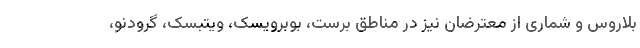
بلاروس و شماری از معترضان نیز در مناطق برست، بوبرویسک، ویتبسک، گرودنو،